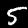
Digit: 5